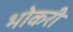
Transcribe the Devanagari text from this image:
भोकरी